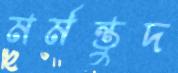
মর্মন্তুদ